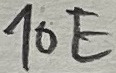
Text: 10E